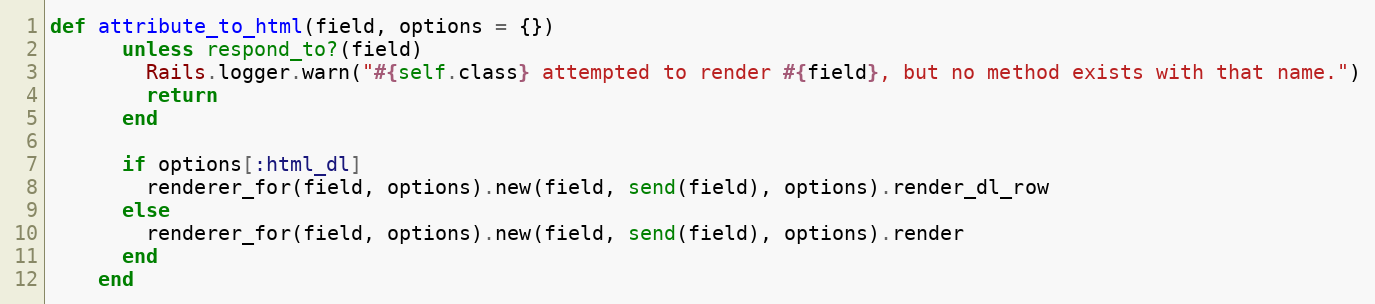
Language: Ruby
def attribute_to_html(field, options = {})
      unless respond_to?(field)
        Rails.logger.warn("#{self.class} attempted to render #{field}, but no method exists with that name.")
        return
      end

      if options[:html_dl]
        renderer_for(field, options).new(field, send(field), options).render_dl_row
      else
        renderer_for(field, options).new(field, send(field), options).render
      end
    end